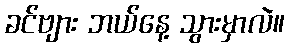
ခင်ဗျား ဘယ်နေ့ သွားမှာလဲ။